Notes on vaccination in the North-West Frontier Province 1923-1928 - 1923-1928
Year: 1923
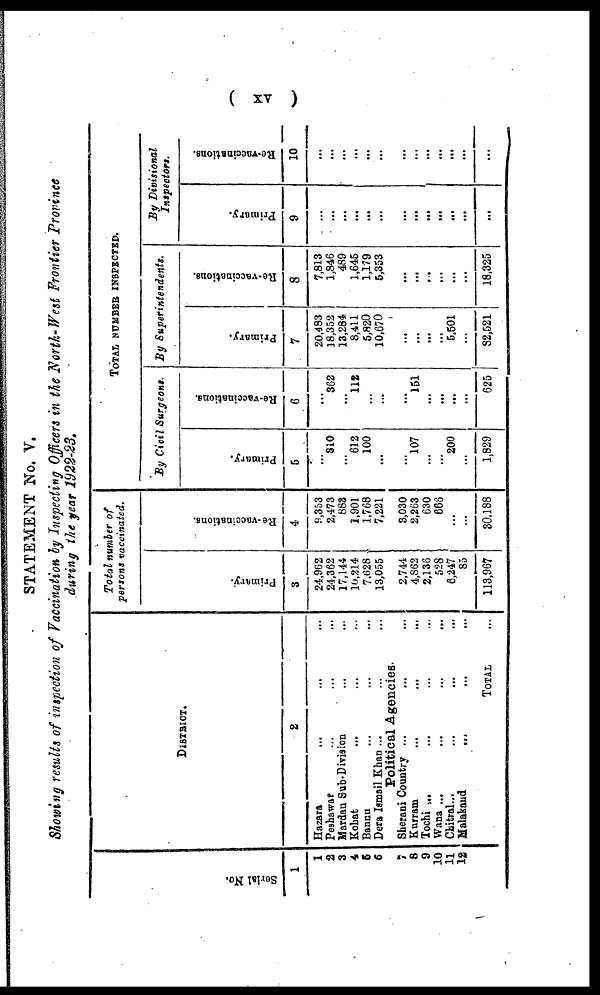
( xv )
STATEMENT No. V.
Showing results of inspection of Vaccination by Inspecting Officers in the North-West Frontier Province
during the year 1922-23.
Serial No.
1
1
2
3
4
5
6
7
8
9
10
11
12
DISTRICT.
2
Hazara ... ... ...
Peshawar ... ... ...
Mardan Sub-Division ... ...
Kohat ... ... ...
Bannu ... ... ...
Dera Ismail Khan ... ... ...
Political Agencies.
Sherani Country ... ... ...
Kurram
...
... ...
Tochi ... ... ... ...
Wana ... ... ... ...
Chitral ... ... ... ...
Malakand
... ... ...
TOTAL ...
Total number of
persons vaccinated.
Primary.
3
24,962
24,362
17,144
10,214
7,628
13,055
2,744
4,862
2,136
528
6,247
85
113,967
Re-vaccinations.
4
9,353
2,473
883
1,901
1,768
7,221
3,030
2,263
630
666
...
...
30,188
TOTAL NUMBER INSPECTED.
By Civil Surgeons.
Primary.
5
...
810
...
612
100
...
...
107
...
...
200
...
1,829
Re-vaccinations.
6
...
362
...
112
...
...
...
151
...
...
...
...
625
By Superintendents.
Primary.
7
20,483
18,352
13,284
8,411
5,820
10,670
...
...
...
...
5,501
...
82,521
Re-vaccinations.
8
7,813
1,846
489
1,645
1,179
5,353
...
...
...
...
...
...
18,325
By Divisional
Inspectors.
Primary.
9
...
...
...
...
...
...
...
...
...
...
...
...
...
Re-vaccinations.
10
...
...
...
...
...
...
...
...
...
...
...
...
...